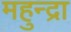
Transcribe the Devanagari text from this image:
महुन्द्रा